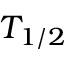
T _ { 1 / 2 }